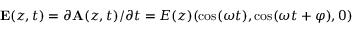
{ \bf E } ( z , t ) = \partial { \bf A } ( z , t ) / \partial t = E ( z ) ( \cos ( \omega t ) , \cos ( \omega t + \varphi ) , 0 )